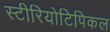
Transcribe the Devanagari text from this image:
स्टीरियोटिपिकल